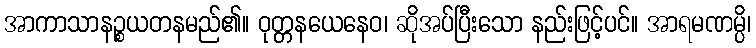
အာကာသာနဉ္စယတနမည်၏။ ဝုတ္တနယေနေဝ၊ ဆိုအပ်ပြီးသော နည်းဖြင့်ပင်။ အာရမဏမ္ပိ၊